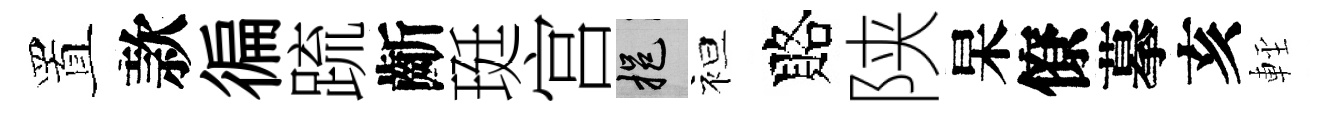
置款徧䟽齗珽宫挹袒賂陕杲僚摹亥䡖